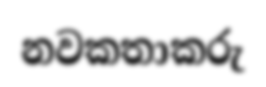
නවකතාකරු